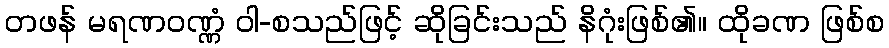
တဖန် မရဏဝဏ္ဏံ ဝါ-စသည်ဖြင့် ဆိုခြင်းသည် နိဂုံးဖြစ်၏။ ထိုခဏ ဖြစ်စ